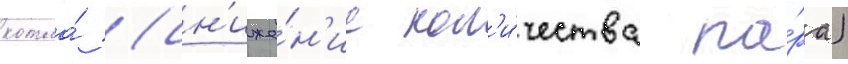
котла́ (сн'иже́н'ие кол'и́чества па́ра)